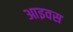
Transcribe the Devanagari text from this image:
आइवस